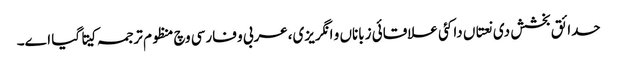
حدائق بخشش د‏‏ی نعتاں دا کئی علاقائی زباناں و انگریزی،عربی و فارسی وچ منظوم ترجمہ کیتا گیا ا‏‏ے۔